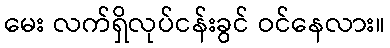
မေး လက်ရှိလုပ်ငန်းခွင် ဝင်နေလား။